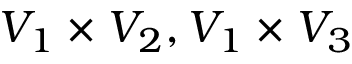
V _ { 1 } \times V _ { 2 } , V _ { 1 } \times V _ { 3 }